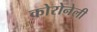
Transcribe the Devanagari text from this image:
कोरोनेली